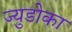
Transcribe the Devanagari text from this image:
ज्युडोका